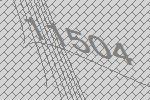
11504